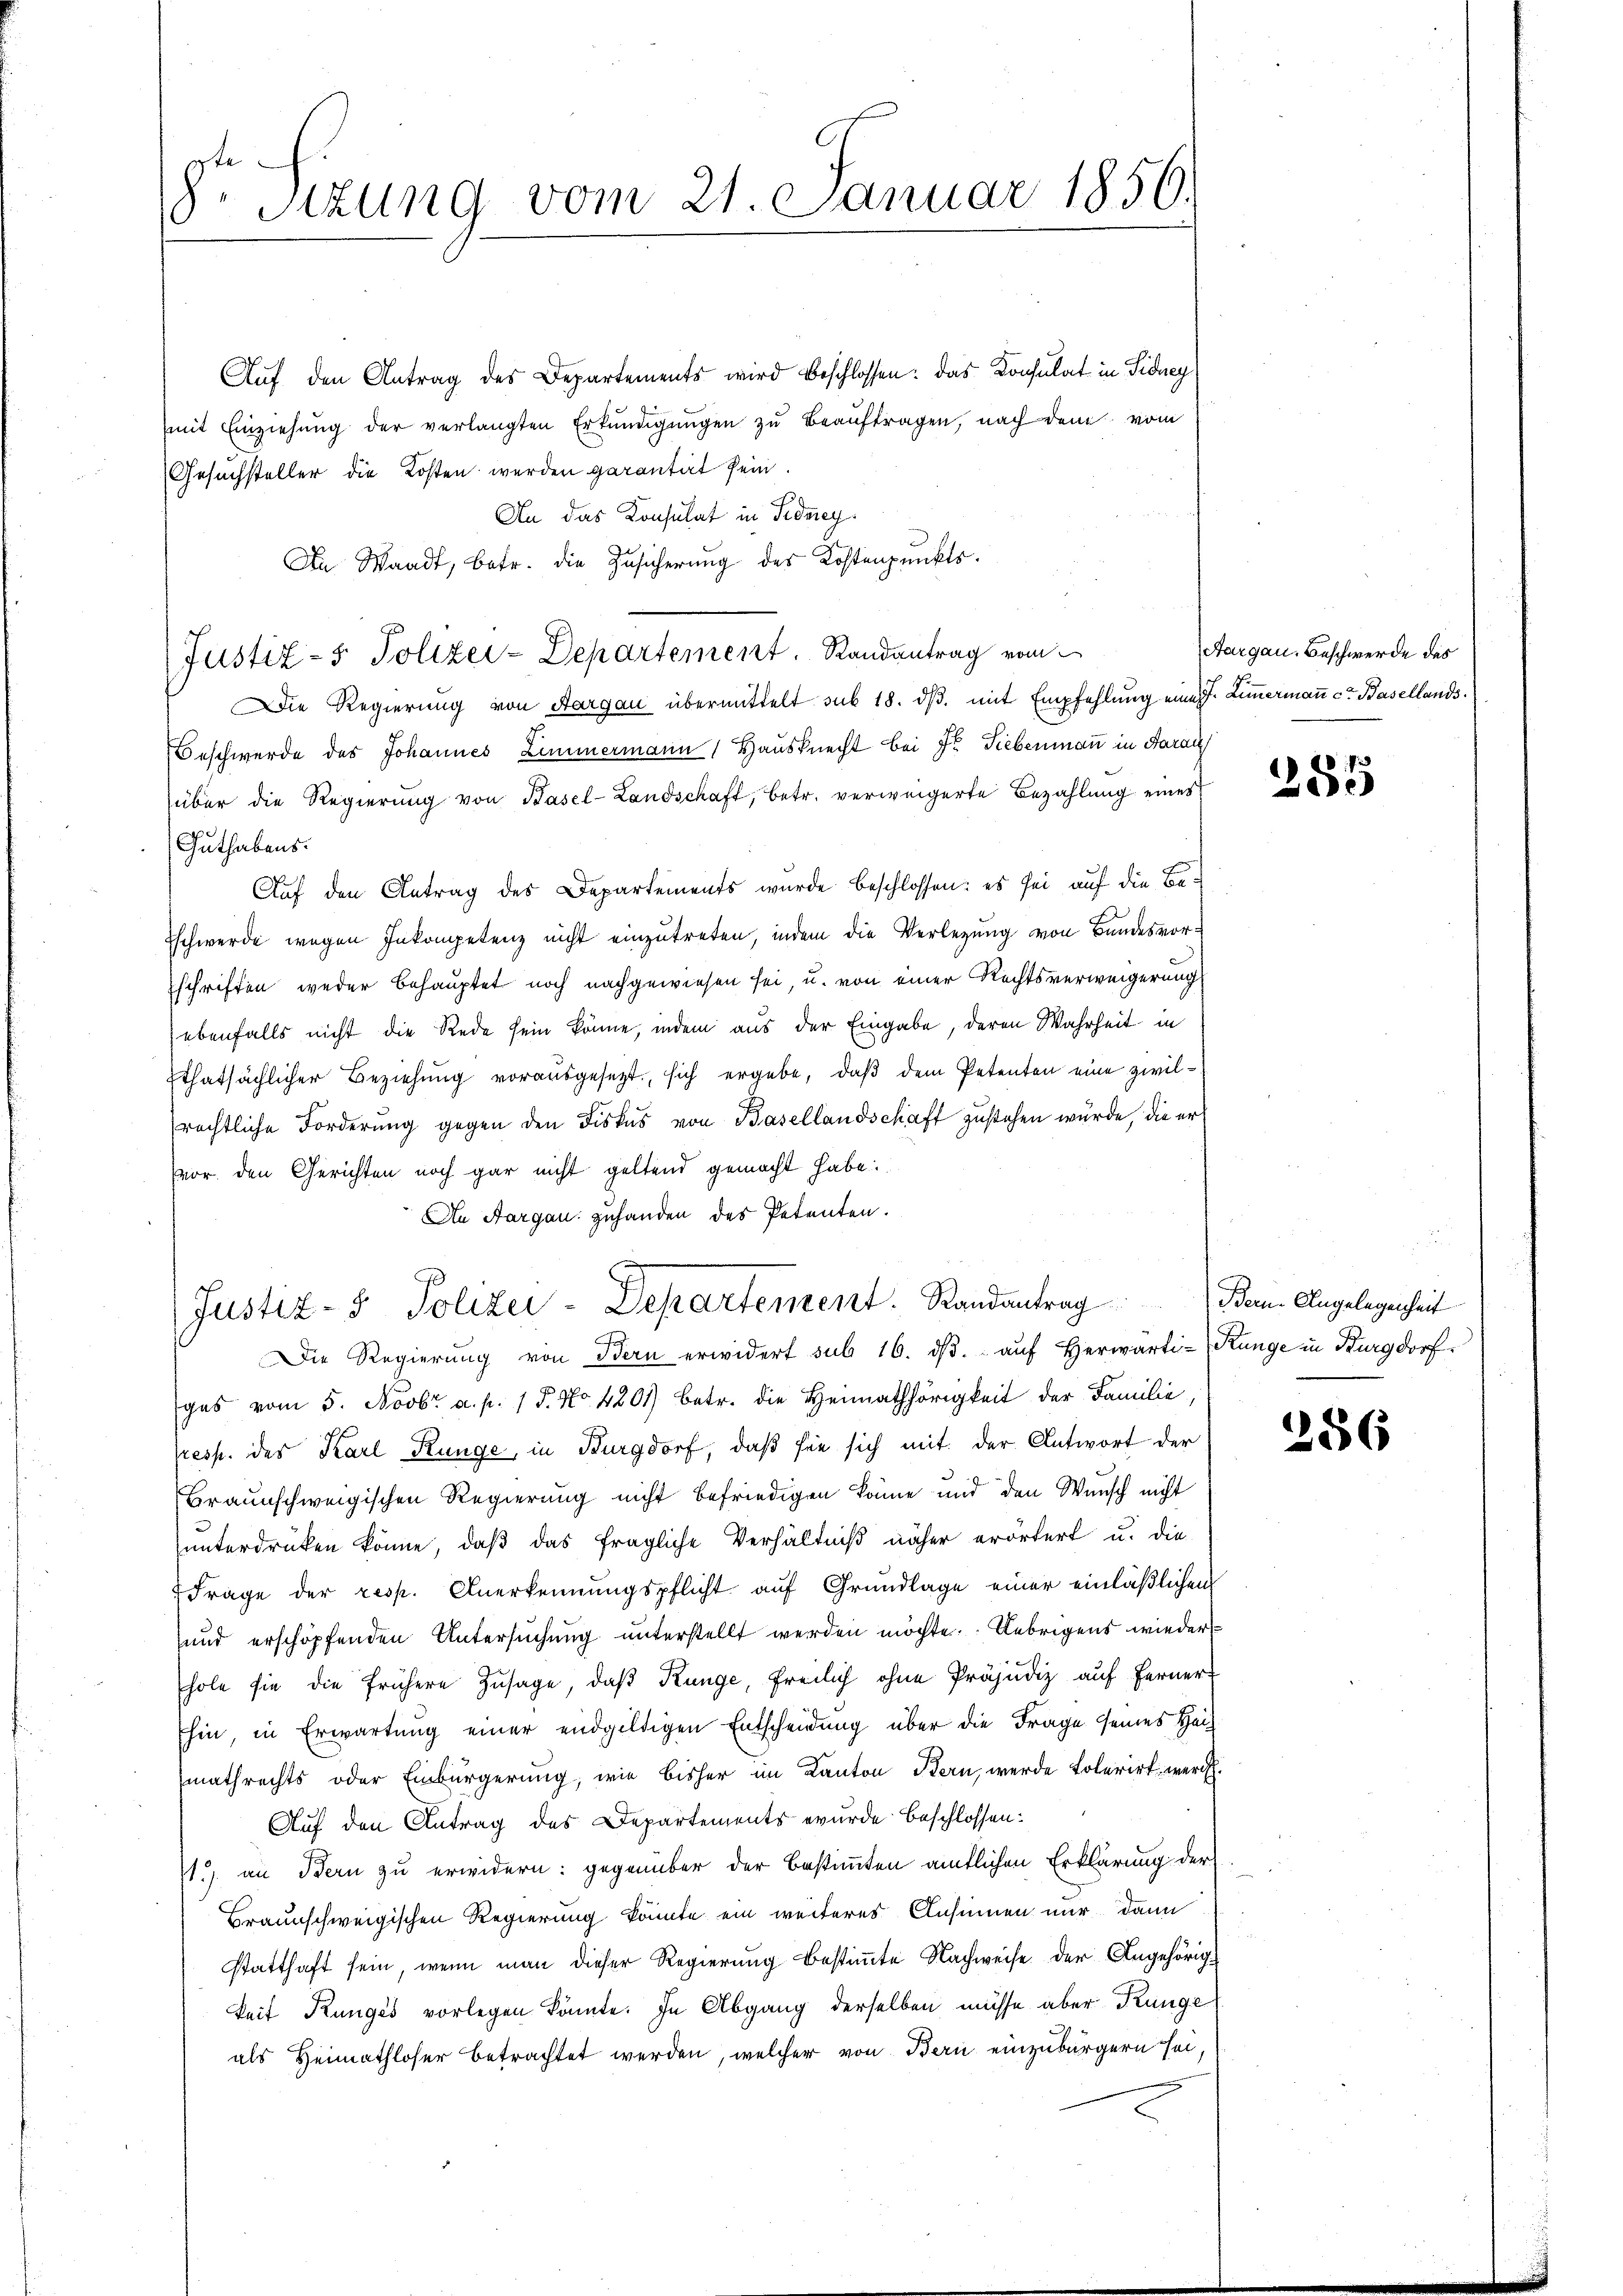
gte
Sizung vom 21. Januar 1856.

Aŭf den Antrag des Departements wird beschlossen: das Konsulat in Sidney
mit Einziehung der verlangten Erkŭndigŭngen zu beauftragen, nach dem vom
Gesuchsteller die Kosten werden garantit sein.
An das Konsulat in Sidney
An Waadt, betr. die Zusicherung des Kostenpunkts¬
Justiz- & Polizei-Departement. Randantrag vom
Die Regierung von Aargau übermittelt sub 18. dβ mit Empfehlung eine J. Zimmermaṅ ct Basellands
Beschwerde des Johannes Zimmermann (Hausknecht bei Dr. Siebenmann in Aarau
über die Regierung von Basel-Landschaft, betr. verweigerte Bezahlung eines
Guthabens.
Auf den Antrag des Departements wurde beschlossen: es sei auf die Be¬
Eschwerde wegen Inkompetenz nicht einzutreten, indem die Verlegung von Bundesvorschriften weder behauptet noch nachgewiesen sei, u. von einer Rechtsverweigerung
ebenfalls nicht die Rede sein könne, indem aus der Eingabe, deren Wahrheit in
thatsächlicher Beziehung vorausgesetzt, sich ergebe, daß dem Petenten eine zwilrechtliche Forderung gegen den Fiskus von Basellandschaft zustehen würde, die er
vor den Gerichten noch gar nicht geltend gemacht habe.
An Aargau zuhanden des Petenten.
Justiz- & Polizei-Departement. Randantrag dem Angelegenheit
Die Regierŭng von Bern erwidert sub 16. dβ aŭf herwärti-Runge in Burgdorf
ges vom 5. Novbr. a. p. 15. No. 4201) betr. die Heimathörigkeit der Familie
rresp. des Karl Ringe, in Burgdorf, daß sie sich mit der Antwort der
Braunschweigischen Regierung nicht befriedigen könne und den Wunsch nicht
unterdrücken könne, daß das fragliche Verhältniß näher erörtert u. die
Frage der resp. Anerkennungspflicht auf Grundlage einer einläßlichen
und erschöpfenden Untersuchung unterstellt werden möchte. Uebrigens wieder
hole sie die frühere Zusage, daß Range, freilich ohne Präjudiz auf Ferner-
Ehin, in Erwartung einer endgültigen Entscheidung über die Frage seines Heimathrechts oder Einbürgerung, wie bisher im Kanton Bern, werde tolerirt werd
Auf den Antrag des Departements wurde beschlossen:
11.) an Bern zu erwidern: gegenüber der bestimmten amtlichen Erklärung der
Braunschweigischen Regierung könnte ein weiteres Ansinnen nur dann
statthaft sein, wenn man dieser Regierung bestimmte Nachweise der Angehörigkeit Kungés vorlegen könnte. In Abgang derselben müsse aber Künge
als Heimathloser betrachtet werden, welcher von Bern einzubürgern sei,

Aargau. Beschwerde des

285

256